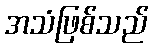
အသံဖြစ်သည်